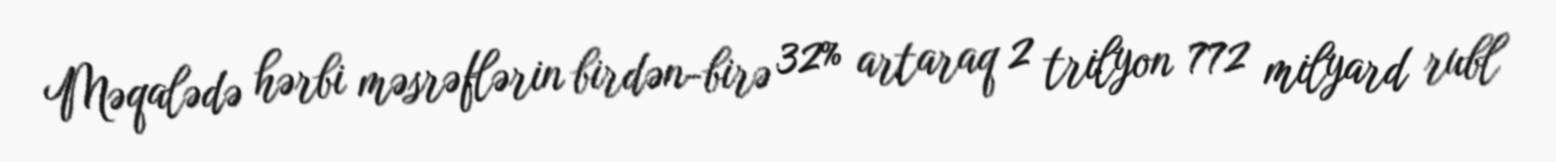
Məqalədə hərbi məsrəflərin birdən-birə 32% artaraq 2 trilyon 772 milyard rubl